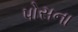
પોસના